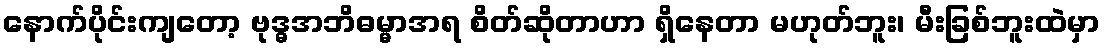
နောက်ပိုင်းကျတော့ ဗုဒ္ဓအဘိဓမ္မာအရ စိတ်ဆိုတာဟာ ရှိနေတာ မဟုတ်ဘူး၊ မီးခြစ်ဘူးထဲမှာ